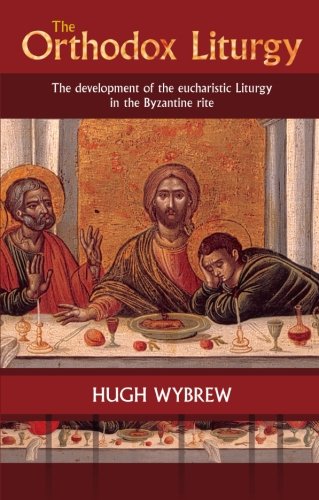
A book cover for The Orthodox Liturgy: The Development of the Eucharistic Liturgy in the Byzantine Rite; Hugh Wybrew; Christian Books & Bibles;